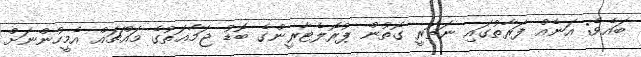
ބައެވެ; އަނެއް ފަރާތުގައި ނަޡަރީ ގޮތުން ޕުރޮލެޓާރީންގެ ބޮޑު ޖަމާޢަތުގެ މައްޗައް އެމީހުންނަށް